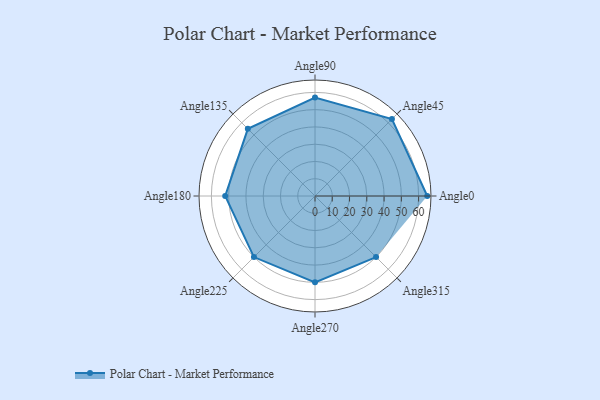
{"axis": {"x": "Angle", "y": "Radius"}, "legend": [""], "data": [{"x": "Angle0", "y": 65.0, "type": ""}, {"x": "Angle45", "y": 63.0, "type": ""}, {"x": "Angle90", "y": 57.0, "type": ""}, {"x": "Angle135", "y": 55.0, "type": ""}, {"x": "Angle180", "y": 52.0, "type": ""}, {"x": "Angle225", "y": 50, "type": ""}, {"x": "Angle270", "y": 50, "type": ""}, {"x": "Angle315", "y": 50, "type": ""}]}